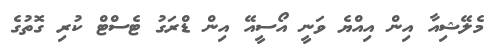
މެލޭޝިއާ އިން އިއްޔެ ވަނީ އޯސީއޭ އިން ޑްރަގު ޓެސްޓް ކުރި ގޮތުގެ